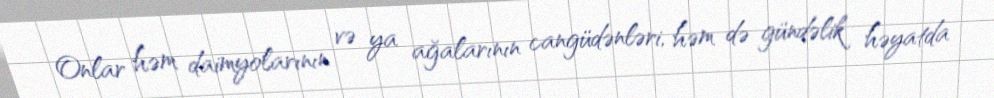
Onlar həm daimyolarının və ya ağalarının cangüdənləri, həm də gündəlik həyatda